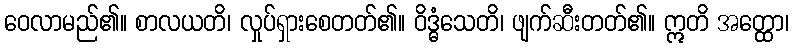
ဝေလာမည်၏။ စာလယတိ၊ လှုပ်ရှားစေတတ်၏။ ဝိဒ္ဓံသေတိ၊ ဖျက်ဆီးတတ်၏။ ဣတိ အတ္ထော၊